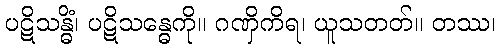
ပဋိသန္ဓိံ၊ ပဋိသန္ဓေကို။ ဂဏှိကိရ၊ ယူသတတ်။ တဿ၊